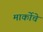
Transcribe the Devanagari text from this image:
मार्कोचे